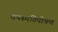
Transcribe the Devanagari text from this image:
वनस्पतिपोषण